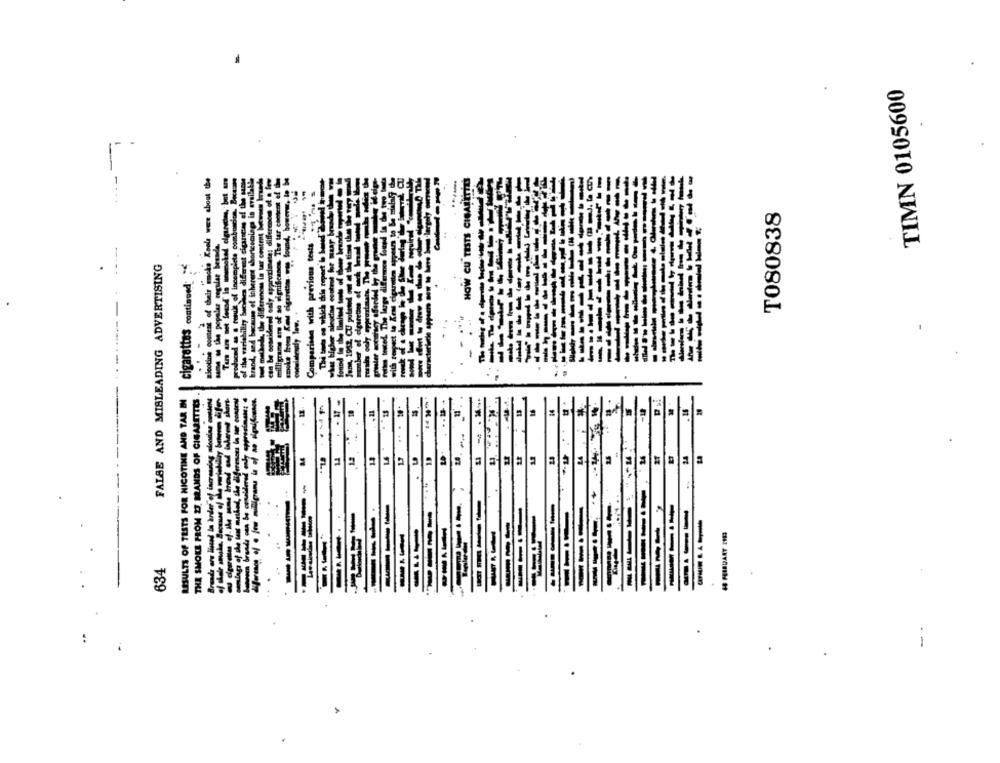
TIMN 0105600
--
ce about the
HOW CU TESTS CIO
T080838
Tools
popelaz regular bes
produced as s mwsuk of incomplet
brand, and because of inherent ab
FALSE AND MISLEADING ADVERTISING
nicotine content of their moke
of the variability bucrises differe
but mahal, the differences in tar
cigarettes continued
----
RESULTS OF TESTS FOR NICOTINE AND TAR IN
THE SMOKE FROM 27 BRANDS OF CIGARETTES
Brenda are listed In arder of increasing nicodas antes
omings of the tant masked, the diferences la Mar contes
. ...
12
13
19
---
----
-
834
- .